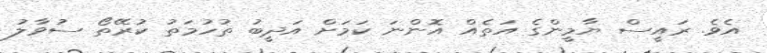
އެވެ. ރައީސް ޔާމީންގެ އަތެއް އޮންނަ ކަމަށް އަދީބު ތުހުމަތު ކުރޭތޯ ސުވާލު